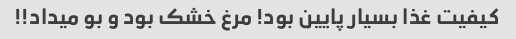
کیفیت غذا بسیار پایین بود! مرغ خشک بود و بو میداد!!